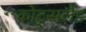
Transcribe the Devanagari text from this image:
कोट्सलैंड